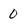
Character: 0